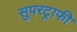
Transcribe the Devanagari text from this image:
सुपरट्राफी